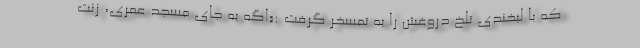
که با لبخندی تلخ دروغش را به تمسخر گرفت :«اگه به جای مسجد عُمری، زنت